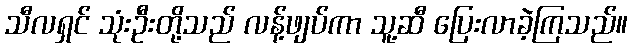
သီလရှင် သုံးဦးတို့သည် လန့်ဖျပ်ကာ သူ့ဆီ ပြေးလာခဲ့ကြသည်။